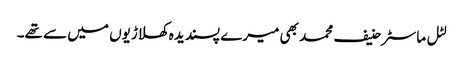
لٹل ماسٹر حنیف محمد بھی میرے پسندیدہ کھلاڑیوں میں سے تھے۔